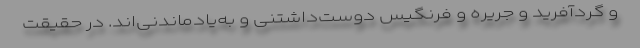
و گردآفرید و جریره و فرنگیس دوست‌داشتنی و به‌یادماندنی‌اند. در حقیقت